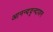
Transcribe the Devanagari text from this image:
आनन्दवृन्दावन